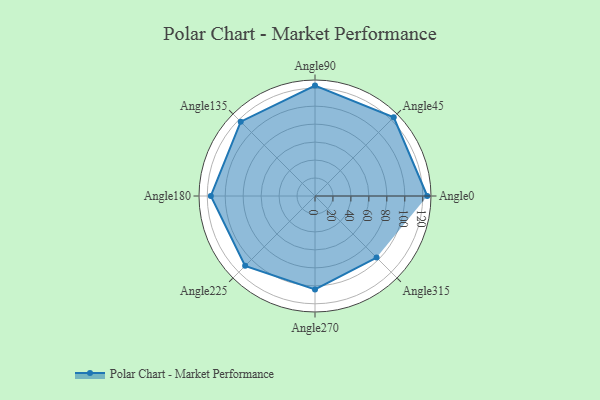
{"axis": {"x": "Angle", "y": "Radius"}, "legend": [""], "data": [{"x": "Angle0", "y": 125.0, "type": ""}, {"x": "Angle45", "y": 124.0, "type": ""}, {"x": "Angle90", "y": 123.0, "type": ""}, {"x": "Angle135", "y": 117.0, "type": ""}, {"x": "Angle180", "y": 116.0, "type": ""}, {"x": "Angle225", "y": 110.0, "type": ""}, {"x": "Angle270", "y": 104.0, "type": ""}, {"x": "Angle315", "y": 97.0, "type": ""}]}